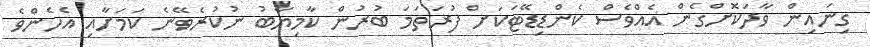
ގިނައިން ވާދަކޮށްގެން އެއްވެސް ކެންޑިޑޭޓަކަށް ފުރަތަމަ ބުރުން ކާމިޔާބު ނުކުރެވޭނެ ކަމަށާއި އެހެންވެ